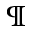
^ \P